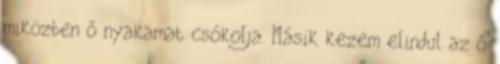
miközben ő nyakamat csókolja. Másik kezem elindul az ő